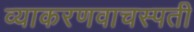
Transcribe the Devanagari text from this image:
व्याकरणवाचस्पती